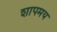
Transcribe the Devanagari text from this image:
शापमय